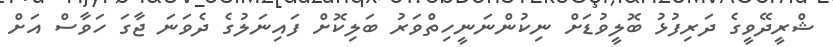
ޝްރީދޭވީގެ ދަރިފުޅު ބޮލީވުޑަށް ނިކުންނަނީހިތްވަރު ބަލިކޮށް ފައިނަލުގެ ދެވަނަ ޖާގަ ހަވާސް އަށް